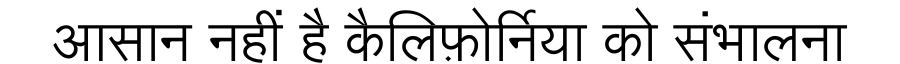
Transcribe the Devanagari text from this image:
आसान नहीं है कैलिफ़ोर्निया को संभालना